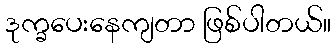
ဒုက္ခပေးနေကျတာ ဖြစ်ပါတယ်။